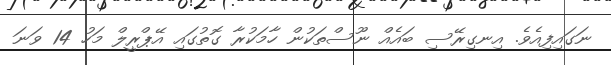
ނަގައިފިއެވެ. އިނގިރޭސި ބައެއް ނޫސްތަކުން ހާމަކުރާ ގޮތުގައި އޭޕްރީލް މަހު 14 ވަނަ